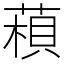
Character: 𦹶